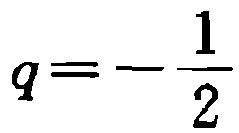
\(q = - \frac{1}{2}\)